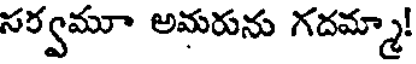
సర్వమూ అమరును గదమ్మా!